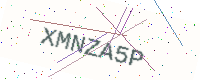
Text: XMNZA5P